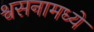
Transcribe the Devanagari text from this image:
श्वसनामध्ये